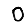
Digit: 0